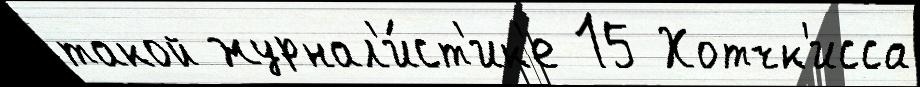
такой журнал'и́ст'ик'е 15 Хотчк'исса